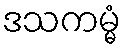
ဒသကမ္မံ